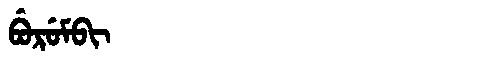
Manchu: ᠪᡠᡵᡠᠮᠪᡳ
Romanization: BURUMBI